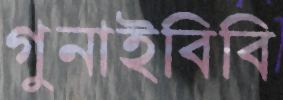
গুনাইবিবি